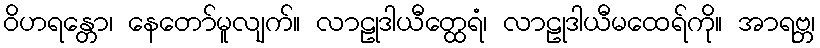
ဝိဟရန္တော၊ နေတော်မူလျက်။ လာဠုဒါယီတ္ထေရံ၊ လာဠုဒါယီမထေရ်ကို။ အာရဗ္ဘ၊